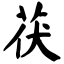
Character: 茯